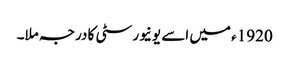
1920ء میں اسے یونیورسٹی کا درجہ ملا۔